Indian journal of veterinary science and animal husbandry - Volume 11,
Year: 1941
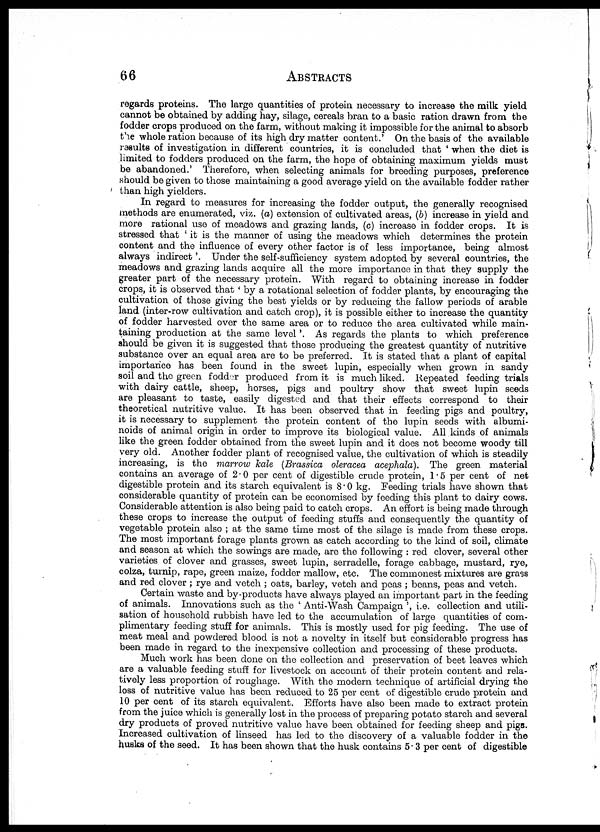
66
ABSTRACTS
regards proteins. The large quantities of protein necessary to increase the milk yield
cannot be obtained by adding hay, silage, cereals bran to a basic ration drawn from the
fodder crops produced on the farm, without making it impossible for the animal to absorb
the whole ration because of its high dry matter content. ' On the basis of the available
results of investigation in different countries, it is concluded that ' when the diet is
limited to fodders produced on the farm, the hope of obtaining maximum yields must
be abandoned. ' Therefore, when selecting animals for breeding purposes, preference
should be given to those maintaining a good average yield on the available fodder rather
than high yielders.
In regard to measures for increasing the fodder output, the generally recognised
methods are enumerated, viz. (a) extension of cultivated areas, (b) increase in yield and
more rational use of meadows and grazing lands, (c) increase in fodder crops. It is
stressed that ' it is the manner of using the meadows which determines the protein
content and the influence of every other factor is of less importance, being almost
always indirect '. Under the self-sufficiency system adopted by several countries, the
meadows and grazing lands acquire all the more importance in that they supply the
greater part of the necessary protein. With regard to obtaining increase in fodder
crops, it is observed that' by a rotational selection of fodder plants, by encouraging the
cultivation of those giving the best yields or by reducing the fallow periods of arable
land (inter-row cultivation and catch crop), it is possible either to increase the quantity
of fodder harvested over the same area or to reduce the area cultivated while main-
taining production at the same level '. As regards the plants to which preference
should be given it is suggested that those producing the greatest quantity of nutritive
substance over an equal area are to be preferred. It is stated that a plant of capital
importance has been found in the sweet lupin, especially when grown in sandy
soil and the green fodder produced from it is much liked. Repeated feeding trials
with dairy cattle, sheep, horses, pigs and poultry show that sweet lupin seeds
are pleasant to taste, easily digested and that their effects correspond to their
theoretical nutritive value. It has been observed that in feeding pigs and poultry,
it is necessary to supplement the protein content of the lupin seeds with albumi-
noids of animal origin in order to improve its biological value. All kinds of animals
like the green fodder obtained from the sweet lupin and it does not become woody till
very old. Another fodder plant of recognised value, the cultivation of which is steadily
increasing, is the marrow kale (Brassica oleracea acephala). The green material
contains an average of 2.0 per cent of digestible crude protein, 1.5 per cent of net
digestible protein and its starch equivalent is 8.0 kg. Feeding trials have shown that
considerable quantity of protein can be economised by feeding this plant to dairy cows.
Considerable attention is also being paid to catch crops. An effort is being made through
these crops to increase the output of feeding stuffs and consequently the quantity of
vegetable protein also ; at the same time most of the silage is made from these crops.
The most important forage plants grown as catch according to the kind of soil, climate
and season at which the sowings are made, are the following : red clover, several other
varieties of clover and grasses, sweet lupin, serradelle, forage cabbage, mustard, rye,
colza, turnip, rape, green maize, fodder mallow, etc. The commonest mixtures are grass
and red clover ; rye and vetch ; oats, barley, vetch and peas ; beans, peas and vetch.
Certain waste and by-products have always played an important part in the feeding
of animals. Innovations such as the ' Anti-Wash Campaign ', i. e. collection and utili-
sation of household rubbish have led to the accumulation of large quantities of com-
plimentary feeding stuff for animals. This is mostly used for pig feeding. The use of
meat meal and powdered blood is not a novelty in itself but considerable progress has
been made in regard to the inexpensive collection and processing of these products.
Much work has been done on the collection and preservation of beet leaves which
are a valuable feeding stuff for livestock on account of their protein content and rela-
tively less proportion of roughage. With the modern technique of artificial drying the
loss of nutritive value has been reduced to 25 per cent of digestible crude protein and
10 per cent of its starch equivalent. Efforts have also been made to extract protein
from the juice which is generally lost in the process of preparing potato starch and several
dry products of proved nutritive value have been obtained for feeding sheep and pigs.
Increased cultivation of linseed has led to the discovery of a valuable fodder in the
husks of the seed. It has been shown that the husk contains 5.3 per cent of digestible